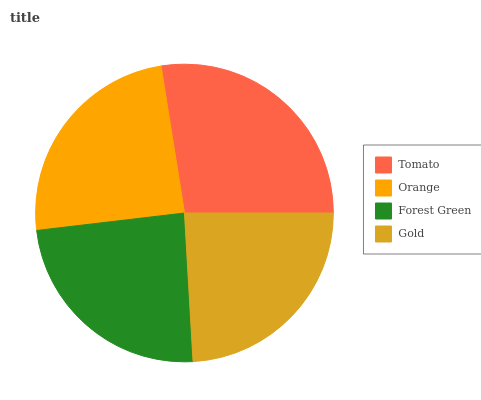
| Tomato | Orange | Forest Green | Gold |
 | --- | --- | --- | --- |
 | 27.5% | 24.4% | 24% | 24% |